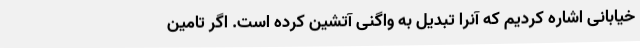
خیابانی اشاره کردیم که آنرا تبدیل به واگنی آتشین کرده است. اگر تامین